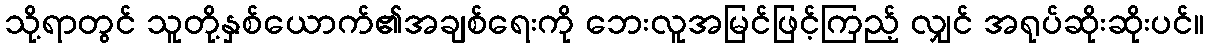
သို့ရာတွင် သူတို့နှစ်ယောက်၏အချစ်ရေးကို ဘေးလူအမြင်ဖြင့်ကြည့် လျှင် အရုပ်ဆိုးဆိုးပင်။